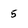
Character: 5